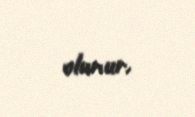
olunur.